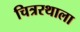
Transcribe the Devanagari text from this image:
चित्ररथाला